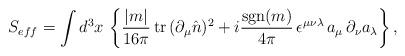
LaTeX: \begin{align*}S_{eff} = \int d^{3}x\, \left\{ \frac{|m|}{16\pi}\, \mbox{tr}\,(\partial_{\mu}\hat{n})^{2}+i\frac{\mbox{sgn}(m)}{4\pi} \, \epsilon^{\mu\nu\lambda}\, a_{\mu}\,\partial_{\nu}a_{\lambda}\right\}, \end{align*}